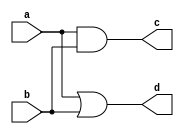
// This program was cloned from: https://github.com/lnis-uofu/OpenFPGA
// License: MIT License

/////////////////////////////////////////
//  Functionality: 2-input AND + 2-input OR 
//                 This benchmark is designed to test fracturable LUTs
////////////////////////////////////////
`timescale 1ns / 1ps

module and2_or2(
  a,
  b,
  c,
  d);

input wire a;
input wire b;
output wire c;
output wire d;

assign c = a & b;
assign d = a | b;

endmodule